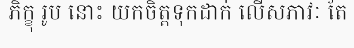
ភិក្ខុ រូប នោះ យកចិត្តទុកដាក់ លើសភាវៈ តែ